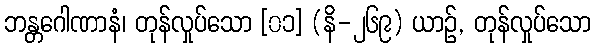
ဘန္တဂေါဏာနံ၊ တုန်လှုပ်သော [၀၁] (နိ-၂၆၉) ယာဉ်, တုန်လှုပ်သော